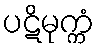
ပဋိမုက္ကံ